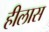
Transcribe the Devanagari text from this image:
हीलास